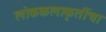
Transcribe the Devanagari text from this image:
लोककलाकृतींचा